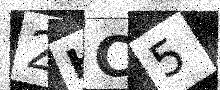
Text: 2HC5